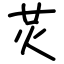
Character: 炗